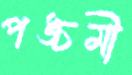
পঙ্চমী